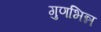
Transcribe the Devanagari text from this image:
गुणभिन्न